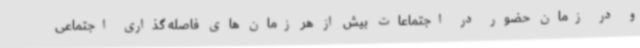
و در زمان حضور در اجتماعات بیش از هر زمان های فاصله گذاری اجتماعی